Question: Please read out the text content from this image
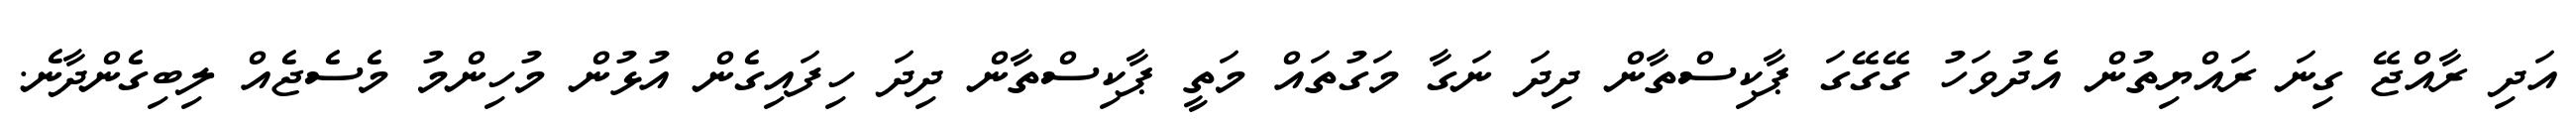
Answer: އަދި ރާއްޖޭ ގިނަ ރައްޔިތުން އެދުވަހު ގޭގޭގަ ޕާކިސްތާން ދިދަ ނަގާ މަގުތައް މަތީ ޕާކިސްތާން ދިދަ ހިފައިގެން އުޅުން މުހިންމު މެސެޖެއް ލިބިގެންދާނެ.